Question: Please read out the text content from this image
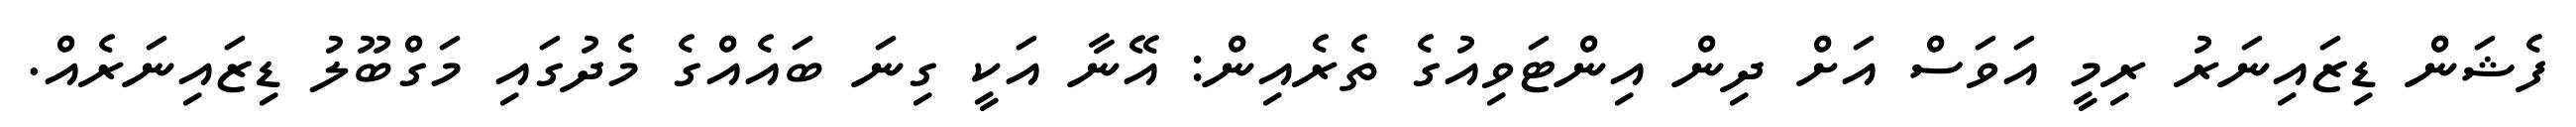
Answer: ފެޝަން ޑިޒައިނަރު ރިމީ އަވަސް އަށް ދިން އިންޓަވިއުގެ ތެރެއިން: އޭނާ އަކީ ގިނަ ބައެއްގެ މެދުގައި މަގްބޫލު ޑިޒައިނަރެއް.